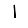
Digit: 1